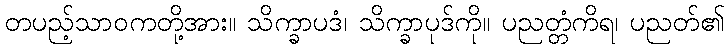
တပည့်သာဝကတို့အား။ သိက္ခာပဒံ၊ သိက္ခာပုဒ်ကို။ ပညတ္တံကိရ၊ ပညတ်၏